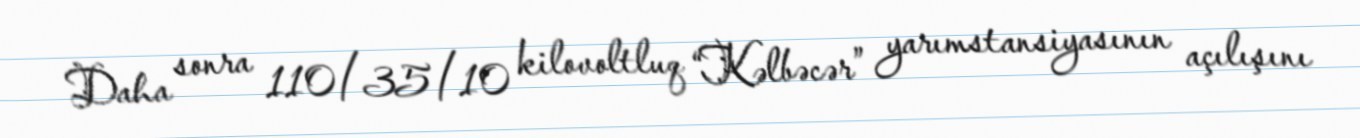
Daha sonra 110/35/10 kilovoltluq “Kəlbəcər” yarımstansiyasının açılışını